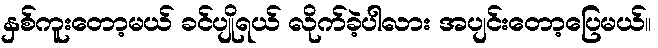
နှစ်ကူးတော့မယ် ခင်ပျိုရယ် လိုက်ခဲ့ပါလား အပျင်းတော့ပြေမယ်။